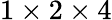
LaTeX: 1\times 2\times 4